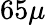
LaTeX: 65\mu